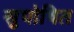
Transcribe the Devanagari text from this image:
सुपोषित